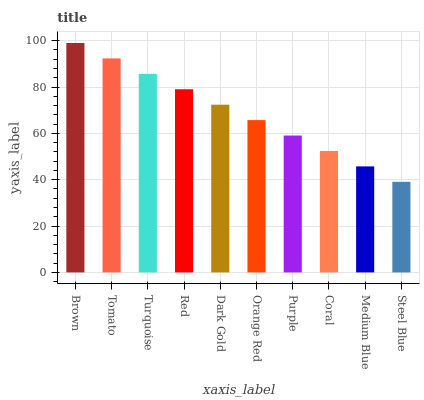
| xaxis_label | bars |
 | --- | --- |
 | Brown | 99 |
 | Tomato | 92.3 |
 | Turquoise | 85.7 |
 | Red | 79 |
 | Dark Gold | 72.4 |
 | Orange Red | 65.7 |
 | Purple | 59.1 |
 | Coral | 52.4 |
 | Medium Blue | 45.7 |
 | Steel Blue | 39.1 |